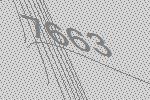
7663